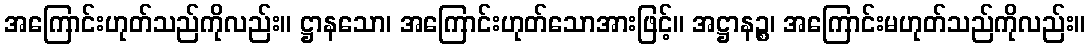
အကြောင်းဟုတ်သည်ကိုလည်း။ ဋ္ဌာနသော၊ အကြောင်းဟုတ်သောအားဖြင့်။ အဋ္ဌာနဉ္စ၊ အကြောင်းမဟုတ်သည်ကိုလည်း။